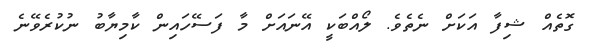
ގޮތެއް ޝިފާ އަކަށް ނެތެވެ. ލޯއްބަކީ އޭނައަށް މާ ފަސޭހައިން ކާމިޔާބު ނުކުރެވޭނެ